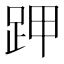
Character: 𧿵